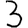
Digit: 3